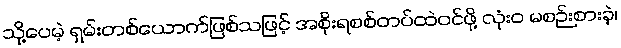
သို့ပေမဲ့ ရှမ်းတစ်ယောက်ဖြစ်သဖြင့် အစိုးရစစ်တပ်ထဲဝင်ဖို့ လုံးဝ မစဉ်းစားခဲ့၊